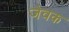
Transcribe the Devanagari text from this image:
जेवक